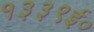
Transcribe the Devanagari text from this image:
१३३९ई०